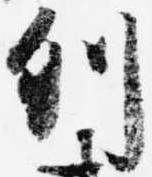
列